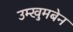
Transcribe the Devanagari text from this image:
उम्खुमबेन